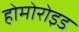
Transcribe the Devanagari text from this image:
होमोरोइड